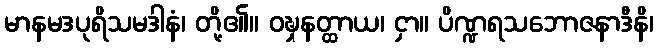
မာနမဒပုရိသမဒါနံ၊ တို့၏။ ဝဍ္ဎှနတ္ထာယ၊ ငှာ။ ပိဏ္ဍရသဘောဇနာဒီနိ၊